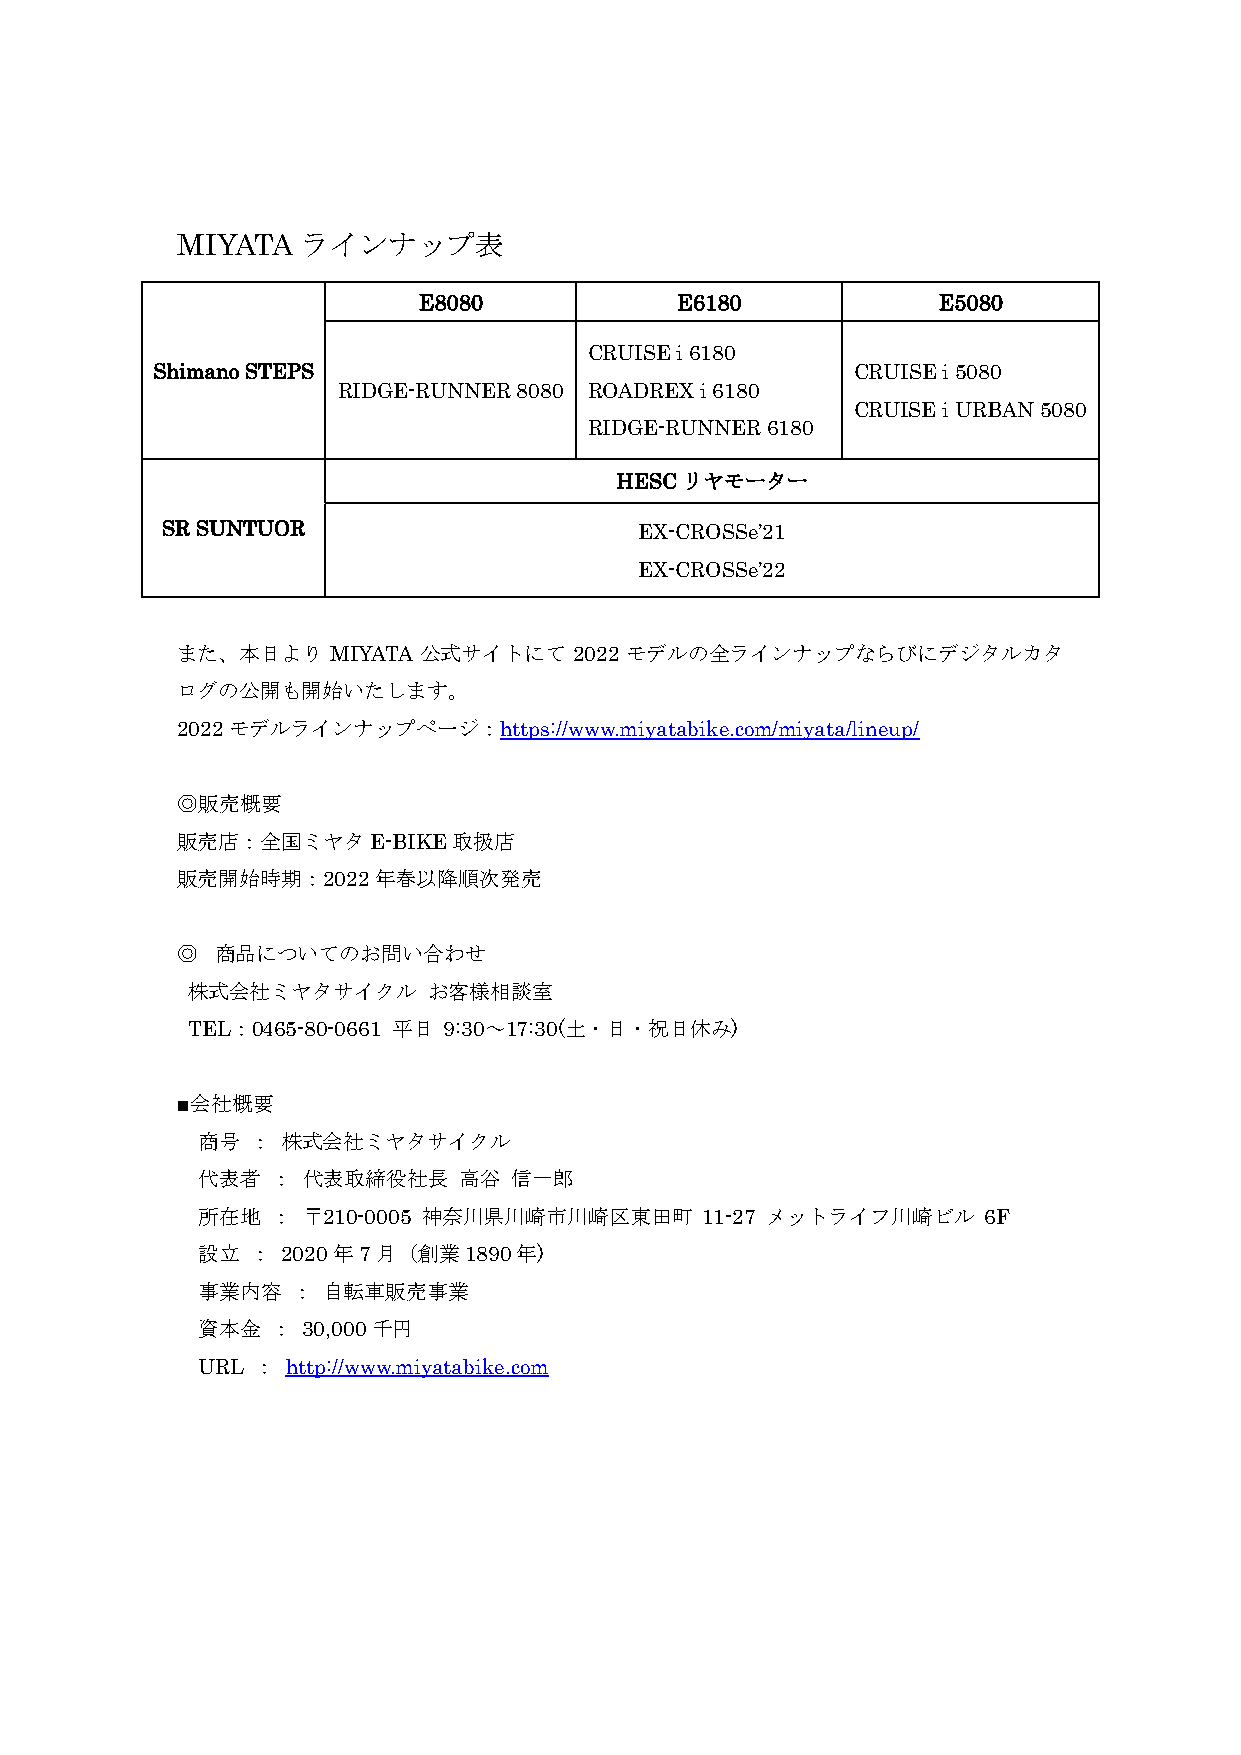
MIYATA  ラインナップ表
 E8080            E6180            E5080
 CRUISE i 6180
 Shimano STEPS                                 CRUISE i 5080
 RIDGE-RUNNER 8080 ROADREX i 6180
 CRUISE i URBAN 5080
 RIDGE-RUNNER 6180
 HESCリヤモーター
 SR SUNTUOR                     EX-CROSSe’21
 EX-CROSSe’22
 また、本日より   MIYATA 公式サイトにて  2022 モデルの全ラインナップならびにデジタルカタ
 ログの公開も開始いたします。
 2022モデルラインナップページ：https://www.miyatabike.com/miyata/lineup/
 ◎販売概要
 販売店：全国ミヤタE-BIKE取扱店
 販売開始時期：2022年春以降順次発売
 ◎ 商品についてのお問い合わせ
 株式会社ミヤタサイクル     お客様相談室
 TEL：0465-80-0661 平日 9:30～17:30(土・日・祝日休み)
 ■会社概要
 商号  ： 株式会社ミヤタサイクル
 代表者  ： 代表取締役社長   高谷  信一郎
 所在地  ： 〒210-0005 神奈川県川崎市川崎区東田町    11-27 メットライフ川崎ビル  6F
 設立  ： 2020年7月（創業1890年)
 事業内容  ： 自転車販売事業
 資本金  ： 30,000千円
 URL ： http://www.miyatabike.com